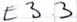
Text: E3.3